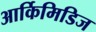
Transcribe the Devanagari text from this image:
आर्किमिडिज